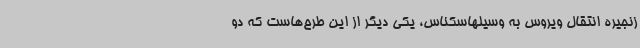
زنجیره انتقال ویروس به وسیلهاسکناس، یکی دیگر از این طرح‌هاست که دو